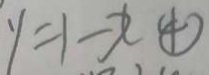
y = 1 - x \textcircled { 4 }